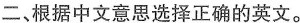
二、根据中文意思选择正确的英文。